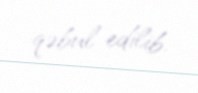
qəbul edilib.